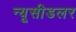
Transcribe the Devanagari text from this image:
न्यूसीडलर